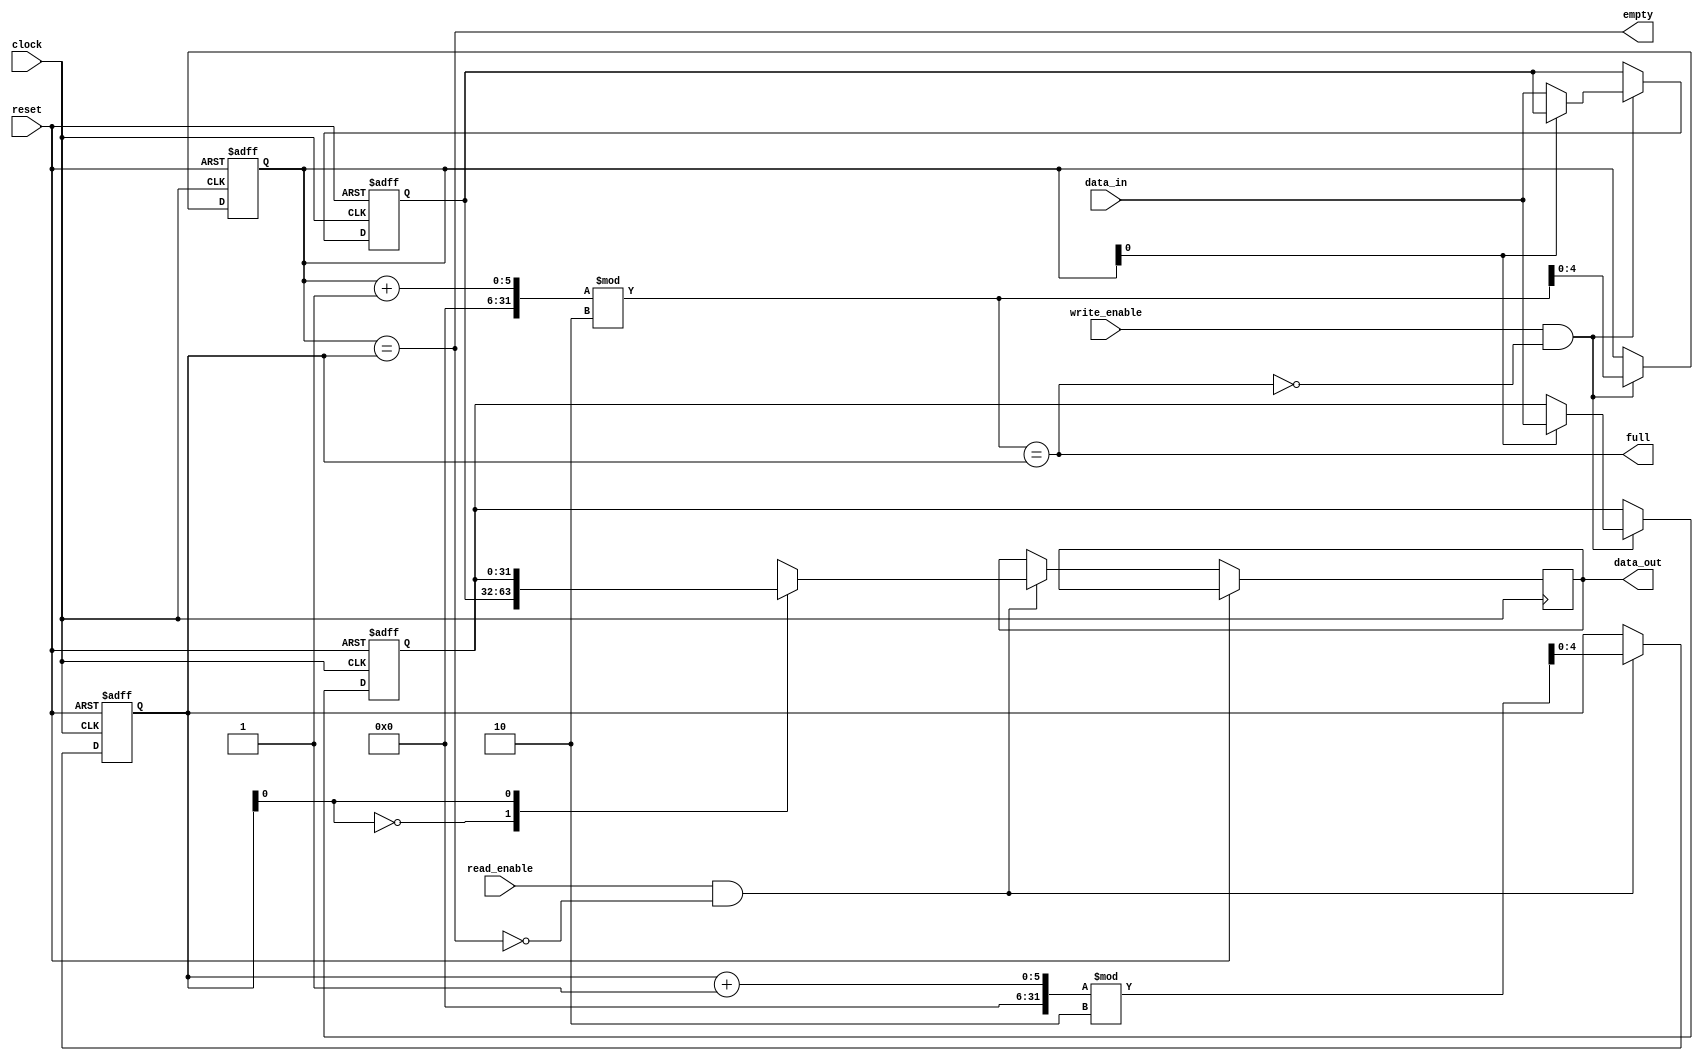
module async_fifo (
    input wire clock,
    input wire reset,
    input wire [31:0] data_in,
    input wire write_enable,
    input wire read_enable,
    output reg [31:0] data_out,
    output reg empty,
    output reg full
);

reg [31:0] buffer [0:1];
reg [4:0] write_ptr;
reg [4:0] read_ptr;

assign empty = (write_ptr == read_ptr);
assign full = ((write_ptr + 1) % 2 == read_ptr);

always @(posedge clock or posedge reset) begin
    if (reset) begin
        write_ptr <= 0;
        read_ptr <= 0;
        buffer[0] <= 0;
        buffer[1] <= 0;
    end else begin
        if (write_enable && !full) begin
            buffer[write_ptr] <= data_in;
            write_ptr <= (write_ptr + 1) % 2;
        end
        if (read_enable && !empty) begin
            data_out <= buffer[read_ptr];
            read_ptr <= (read_ptr + 1) % 2;
        end
    end
end

endmodule